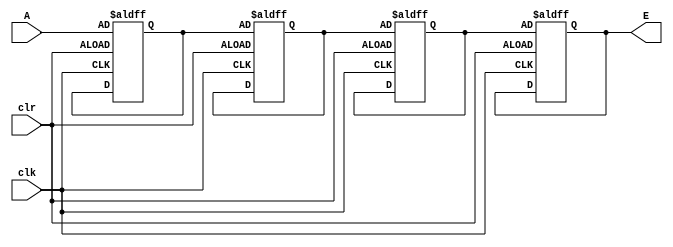
module shift_reg (clk, clr, A, E);
input clk,clr,A;
output reg E;
reg B,C,D;
always @(posedge clk or negedge clr) begin
    if (!clr) begin
        E<=D;
        D<=C;
        C<=B;
        B<=A;
    end
end
endmodule